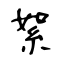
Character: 絮